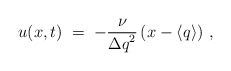
\begin{align*}u(x,t) \; = \; -\frac{\nu}{{\Delta q}^2}\left( x-\langle q\rangle \right) \, ,\end{align*}